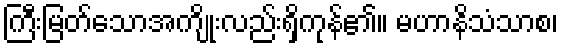
ကြီးမြတ်သောအကျိုးလည်းရှိကုန်၏။ မဟာနိသံသာစ၊